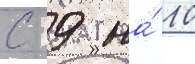
с 9 на́ 10